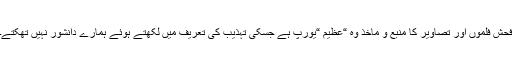
فحش فلموں اور تصاویر کا منبع و ماخذ وہ “عظیم “یورپ ہے جسکی تہذیب کی تعریف میں لکھتے ہوئے ہمارے دانشور نہیں تھکتے۔